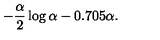
- \frac { \alpha } { 2 } \log \alpha - 0 . 7 0 5 \alpha .